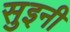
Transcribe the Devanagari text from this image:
सुइनी